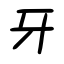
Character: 牙